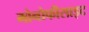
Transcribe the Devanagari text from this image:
मोनोफीसाइट